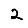
Digit: 2